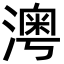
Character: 澚